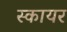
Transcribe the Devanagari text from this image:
स्कायर